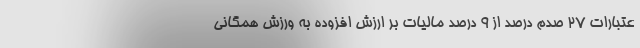
عتبارات ۲۷ صدم درصد از ۹ درصد مالیات بر ارزش افزوده به ورزش همگانی